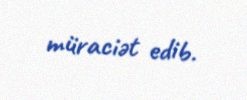
müraciət edib.